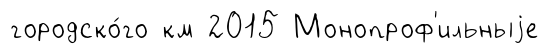
городско́го км 2015 Монопроф'ильныjе